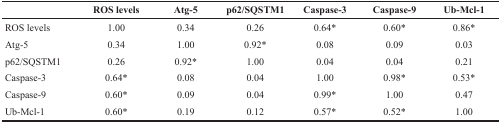
<table><thead><tr><td></td><td><b>ROS levels</b></td><td><b>Atg-5</b></td><td><b>p62/SQSTM1</b></td><td><b>Caspase-3</b></td><td><b>Caspase-9</b></td><td><b>Ub-Mcl-1</b></td></tr></thead><tbody><tr><td>ROS levels</td><td>1.00</td><td>0.34</td><td>0.26</td><td>0.64*</td><td>0.60*</td><td>0.86*</td></tr><tr><td>Atg-5</td><td>0.34</td><td>1.00</td><td>0.92*</td><td>0.08</td><td>0.09</td><td>0.03</td></tr><tr><td>p62/SQSTM1</td><td>0.26</td><td>0.92*</td><td>1.00</td><td>0.04</td><td>0.04</td><td>0.21</td></tr><tr><td>Caspase-3</td><td>0.64*</td><td>0.08</td><td>0.04</td><td>1.00</td><td>0.98*</td><td>0.53*</td></tr><tr><td>Caspase-9</td><td>0.60*</td><td>0.09</td><td>0.04</td><td>0.99*</td><td>1.00</td><td>0.47</td></tr><tr><td>Ub-Mcl-1</td><td>0.60*</td><td>0.19</td><td>0.12</td><td>0.57*</td><td>0.52*</td><td>1.00</td></tr></tbody></table>